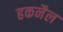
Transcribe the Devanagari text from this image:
हकनैल